Vital statistics of India. Vol. V, Reports of 1876 on armies & jails and on epidemic cholera
Year: 1876
Disease focus: Cholera
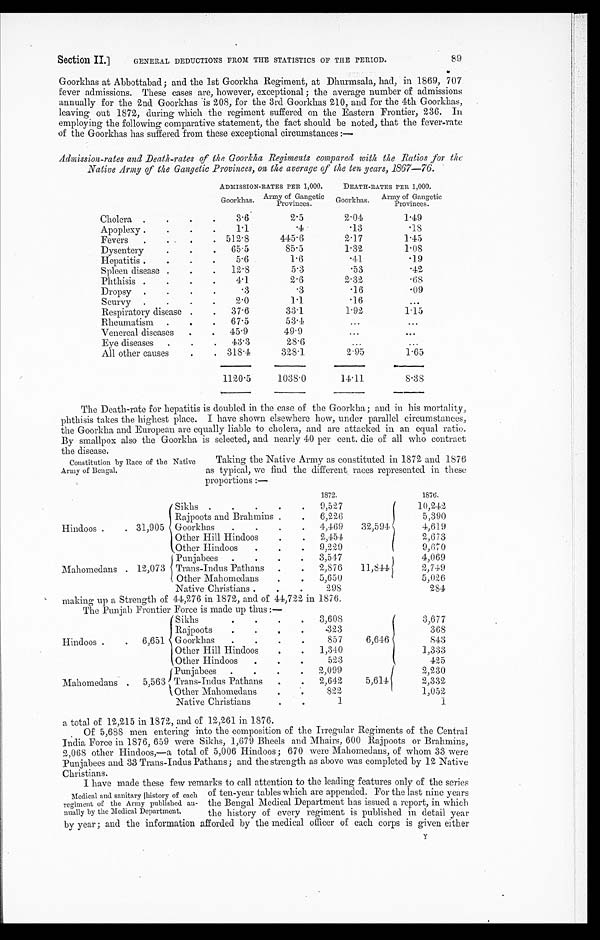
Section II.]
GENERAL DEDUCTIONS FROM THE STATISTICS OF THE PERIOD.
89
Goorkhas at Abbottabad; and the 1st Goorkha Regiment, at Dhurmsala, had, in 1869, 707
fever admissions. These cases are, however, exceptional ; the average number of admissions
annually for the 2nd Goorkhas is 208, for the 3rd Goorkhas 210, and for the 4th Goorkhas,
leaving out 1872, during which the regiment suffered on the Eastern Frontier, 236. In
employing the following comparative statement, the fact should be noted, that the fever-rate
of the Goorkhas has suffered from these exceptional circumstances :—
Admission-rates and Death-rates of the Goorkha Regiments compared with the Ratios for the
Native Army of the Gangetic Provinces, on the average of the ten years, 1867-76.
ADMISSION-RATES PER 1,000.
DEATH-RATES PER 1,000.
Goorkhas. Army of Gangetic
Provinces.
Goorkhas. Army of Gangetic
Provinces.
Cholera
3.6
2.5
2.04
1.49
Apoplexy
1.1
.4
.13
. 1 8
Fevers
512 . 8
445.6
2.17
1.45
Dysentery
65.5
85.5
1.32
1.08
Hepatitis
5.6
1.6
.41
. 1 9
Spleen disease
12.8
5.3
.53
. 4 2
Phthisis
4.1
2.6
2.32
. 6 8
Dropsy
.3
.3
.16
. 0 9
Scurvy
2.0
1 . 1
.16
Respiratory disease
37.6
3 3 . 1
1.92
1.15
Rheumatism
67.5
5 3 . 4
Venereal diseases
45.9
49.9
Eye diseases
43.3
28.6
All other causes
318.4
328. 1
2.95
1.65
1120.5
1038.0
14.11
8.38
The Death-rate for hepatitis is doubled in the case of the Goorkha; and in his mortality,
phthisis takes the highest place. I have shown elsewhere how, under parallel circumstances,
the Goorkha and European are equally liable to cholera, and are attacked. in an equal ratio.
By smallpox also the Goorkha is selected, and nearly 40 per cent. die of all who contract
the disease.
Constitution by Race of the Native
Army of Bengal.
Taking the Native Army as constituted in 1872 and 1876
as typical, we find the different races represented. in these
proportions :—
1872.
1876.
Sikhs
9,527
10,242
Rajpoots and Brahmins
6,226
5,390
Hindoos
31,905 Goorkhas
4,469
32,594
4,619
Other Hill Hindoos
2,454
2,673
Other Hindoos
9,229
9,670
Punjabees
3,547
4,069
Mahomedans
12,073 Trans-Indus Pathans
2,876
11,844
2,749
Other Mahomedans
5,650
5,026
Native Christians
298
284
making up a Strength of
The Punjab Frontier
44,276 in 1872, and of 44,722 in
Force is made up thus :—
1876.
Sikhs
3,608
3,677
Rajpoots
.323
368
Hindoos
6,651 Goorkhas
857
6,646
843
Other Hill Hindoos
1,340
1,333
Other Hindoos
523
425
Punjabees
2,099
2,230
Mahomedans
5 , 5 6 3 Trans-Indus Pathans
2,642
5,614
2 , 3 3 2
Other Mahomedans
822
1,052
Native Christians
1
1
a total of 12,215 in 1872, and of 12,261 in 1876.
Of 5,688 men entering into the composition of the Irregular Regiments of the Central
India Force in 1876, 659 were Sikhs, 1,679 Bheels and Mhairs, 600 Rajpoots or Brahmins,
2,068 other Hindoos,—a total of 5,006 Hindoos; 670 were Mahomedans, of whom 33 were
Punjabees and 33 Trans-Indus Pathans; and the strength as above was completed by 12 Native
Christians.
I have made these few remarks to call attention to the leading features only of the series
Medical and sanitary history of each
regiment of the Army published an
-nually by the Medical Department.
of ten-year tables which are appended. For the last nine years
the Bengal Medical Department has issued a report, in which
the history of every regiment is published in detail year
by year; and the information afforded by the medical officer of each corps is given either
Y